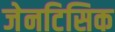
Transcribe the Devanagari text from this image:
जेनटिसिक